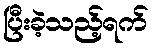
ပြီးခဲ့သည့်ရက်